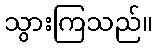
သွားကြသည်။